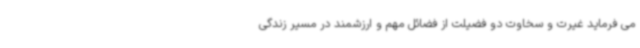
می فرماید غیرت و سخاوت دو فضیلت از فضائل مهم و ارزشمند در مسیر زندگی